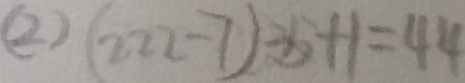
( 2 ) ( 2 2 2 - 7 ) \div 5 + 1 = 4 4